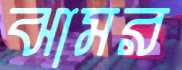
ঝামর